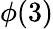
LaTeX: \phi(3)